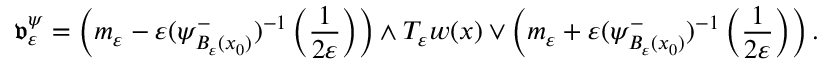
\mathfrak { v } _ { \varepsilon } ^ { \psi } = \left( m _ { \varepsilon } - \varepsilon ( \psi _ { B _ { \varepsilon } ( x _ { 0 } ) } ^ { - } ) ^ { - 1 } \left( \frac { 1 } { 2 \varepsilon } \right) \right) \wedge T _ { \varepsilon } w ( x ) \vee \left( m _ { \varepsilon } + \varepsilon ( \psi _ { B _ { \varepsilon } ( x _ { 0 } ) } ^ { - } ) ^ { - 1 } \left( \frac { 1 } { 2 \varepsilon } \right) \right) .